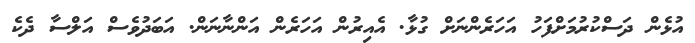
އުޅެން ދަސްކުރުމަށްފަހު އަހަރެންނަށް ގުޅާ. އެއިރުން އަހަރެން އަންނާނަން. އަބަދުވެސް އަލްސާ ދެކެ